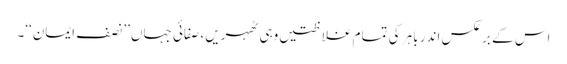
اس کے برعکس اندر باہر کی تمام غلاظتیں وہی ٹھہریں، صفائی جہاں’’نصف ایمان‘‘۔